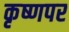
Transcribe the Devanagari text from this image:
कृष्णपर